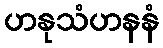
ဟနုသံဟနနံ